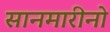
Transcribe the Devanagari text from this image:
सानमारीनो